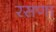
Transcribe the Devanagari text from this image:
रसणा